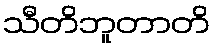
သီတိဘူတာတိ